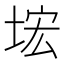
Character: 㙆